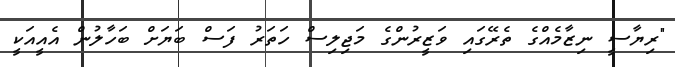
"ރިޔާސީ ނިޒާމެއްގެ ތެރޭގައި ވަޒީރުންގެ މަޖިލިސް ހަތަރު ފަސް ބަޔަށް ބަހާލުން އެއީއަކީ